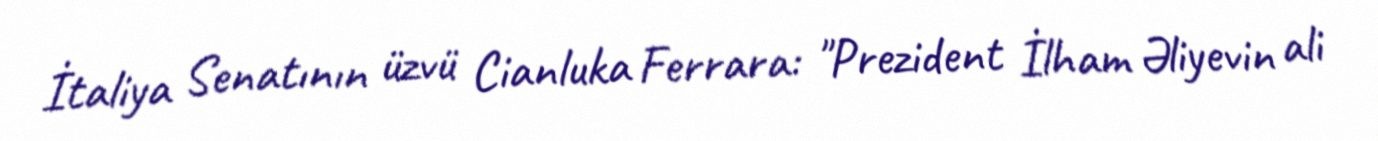
İtaliya Senatının üzvü Cianluka Ferrara: "Prezident İlham Əliyevin ali